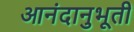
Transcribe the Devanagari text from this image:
आनंदानुभूती